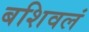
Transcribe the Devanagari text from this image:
बशिवलं